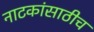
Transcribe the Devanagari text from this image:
नाटकांसाठीच